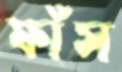
ফাঁস